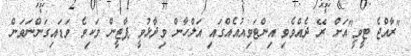
"ރާއްޖެ ޓީވީ"އަށް ރޭ ދެއްވެވި އިންޓަވިއުއެއްގައި އަލްހާން ވިދާޅުވީ ޕާޓީން ވަކިވެ ވަޑައިގަންނަވަން